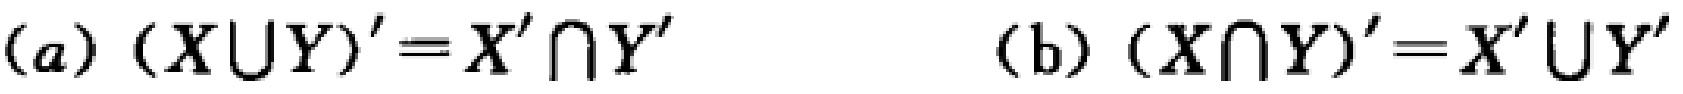
(a) \((X\cup Y)' = X'\cap Y'\)

(b) \((X\cap Y)' = X'\cup Y'\)